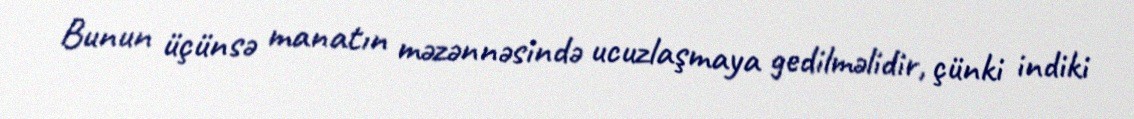
Bunun üçünsə manatın məzənnəsində ucuzlaşmaya gedilməlidir, çünki indiki